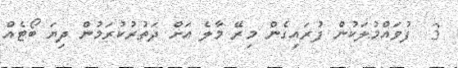
3  ފުވައްމުލަކުން ފުރައިގެން މިރޭ މާލެ އަށް ދަތުރުކުރަމުން ދިޔަ ބޯޓެއް